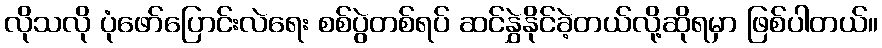
လိုသလို ပုံဖော်ပြောင်းလဲရေး စစ်ပွဲတစ်ရပ် ဆင်နွှဲနိုင်ခဲ့တယ်လို့ဆိုရမှာ ဖြစ်ပါတယ်။